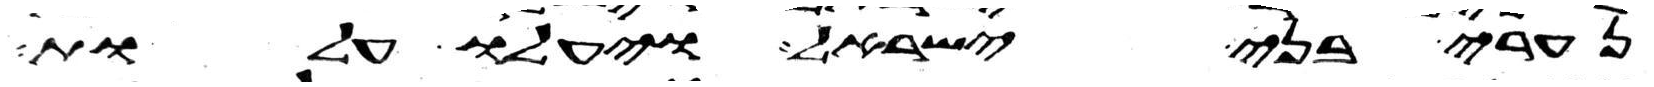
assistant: נערי בני ישראל ויעלו עלות